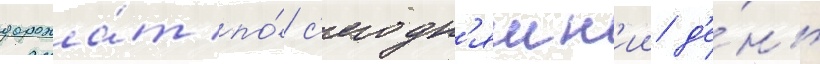
дорожа́т по́ с'егодн'яшн'ии д'е́нь